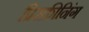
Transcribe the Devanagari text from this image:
प्रिस्क्रीनिंग